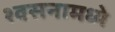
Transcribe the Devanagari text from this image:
श्वसनामध्ये